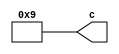
// -------------------------------------------------------------
// 
// 
// Generated by MATLAB 9.14 and HDL Coder 4.1
// 
// -------------------------------------------------------------


// -------------------------------------------------------------
// 
// Module: b0_1
// Source Path: FP_sub/fp model/FIR_section_1/b0_1
// Hierarchy Level: 2
// 
// -------------------------------------------------------------

`timescale 1 ns / 1 ns

module b0_1
          (c);


  output  signed [11:0] c;  // sfix12_En11


  wire signed [11:0] b0_out1;  // sfix12_En11


  assign b0_out1 = 12'sb000000001001;



  assign c = b0_out1;

endmodule  // b0_1